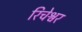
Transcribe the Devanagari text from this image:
रिचेश्वर